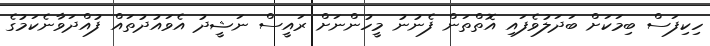
ހިކިފަސް ބިމަކަށް ބަދަލުވެފައި އޮތްތަން ފެނުނު މީހުންނަށް ރައީސް ނަޝީދު އެވައުދުތައް ފުއްދަވާނެކަމުގެ